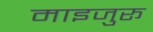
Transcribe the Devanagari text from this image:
माइजुरू